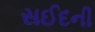
સઈદની